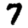
Digit: 7